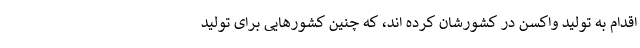
اقدام به تولید واکسن در کشورشان کرده اند، که چنین کشورهایی برای تولید